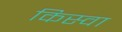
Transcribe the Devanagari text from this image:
किस्वा